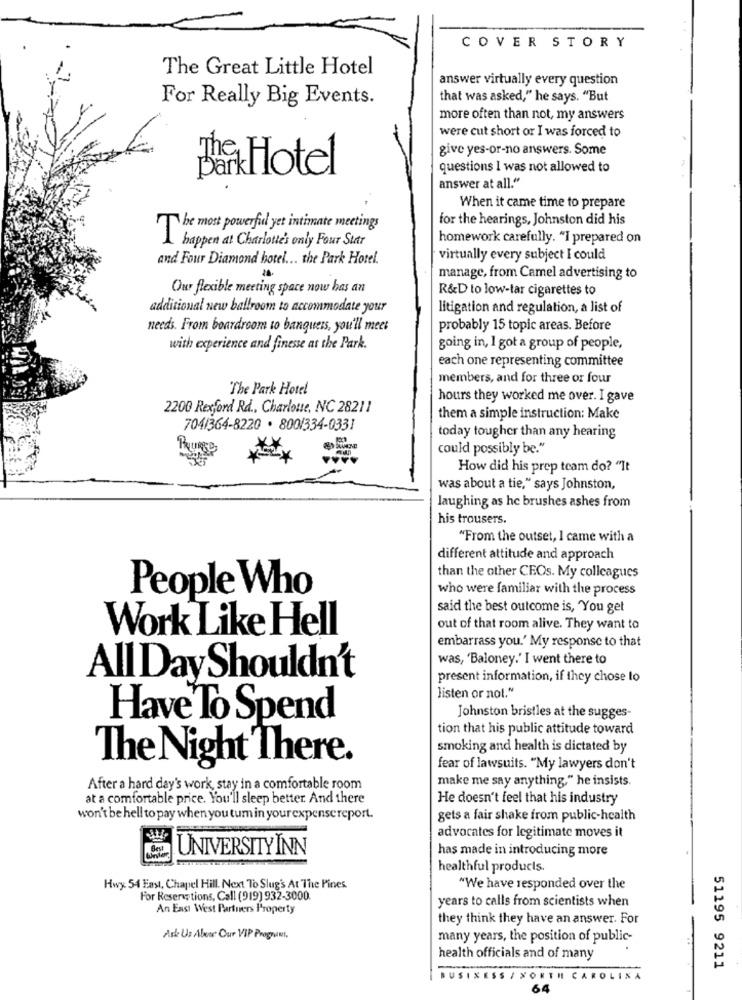
COVER STORY
The Great Little Hotel
answer virtually every question
For Really Big Events.
that was asked," he says. "But
more often than not, my answers
were cut short or I was forced to
give yes-or-no answers. Some
BarkHotel
questions I was not allowed to
answer at all."
When it came time to prepare
for the hearings, Johnston did his
be most powerful yet intimate meetings
T
happen at Charlotte's only Four Star
homework carefully. "I prepared on
and Four Diamond hotel ... the Park Hotel.
virtually every subject I could
manage, from Camel advertising to
Our flexible meeting space now has an
R&D to low-tar cigarettes to
additional new ballroom to accommodate your
litigation and regulation, a list of
needs. From boardroom to banquers, you'll meet
probably 15 topic areas. Before
with experience and finesse as the Park.
going in, I got a group of people,
each one representing committee
members, and for three or four
The Park Hotel
hours they worked me over. I gave
2200 Rexford Rd ., Charlotte, NC 28211
them a simple instruction: Make
704/364-8220 . 800/334-0331
today tougher than any hearing
could possibly be."
How did his prep team do? "It
was about a tie," says Johnston,
laughing as he brushes ashes from
his trousers.
"From the outset, I came with a
different attitude and approach
than the other CEOs. My colleagues
People Who
who were familiar with the process
said the best outcome is, "You get
Work Like Hell
out of that room alive. They want to
embarrass you.' My response to that
was, 'Baloney.' I went there to
All Day Shouldn't
present information, if they chose to
listen or not."
Have To Spend
Johnston bristles at the sugges-
tion that his public attitude toward
smoking and health is dictated by
The Night There.
fear of lawsuits. "My lawyers don't
make me say anything." he insists.
After a hard day's work, stay in a comfortable room
at a comfortable price. You'll sleep better And there
He doesn't feel that his industry
won't be hell to pay when you tum in yourexpensereport.
gets a fair shake from public-health
advocates for legitimate moves it
Best
UNIVERSITYINN
has made in introducing more
healthful products.
Hwy 54 East, Chapel Hill Next To Slug's At The Pines
"We have responded over the
For Reservations, Call (919) 932-3000.
years to calls from scientists when
An East West Partners Property
they think they have an answer. For
Ask Us Alvor Our VIP Programt.
many years, the position of public-
health officials and of many
51195 9211
USINESS / NORTH CAROLINA
64